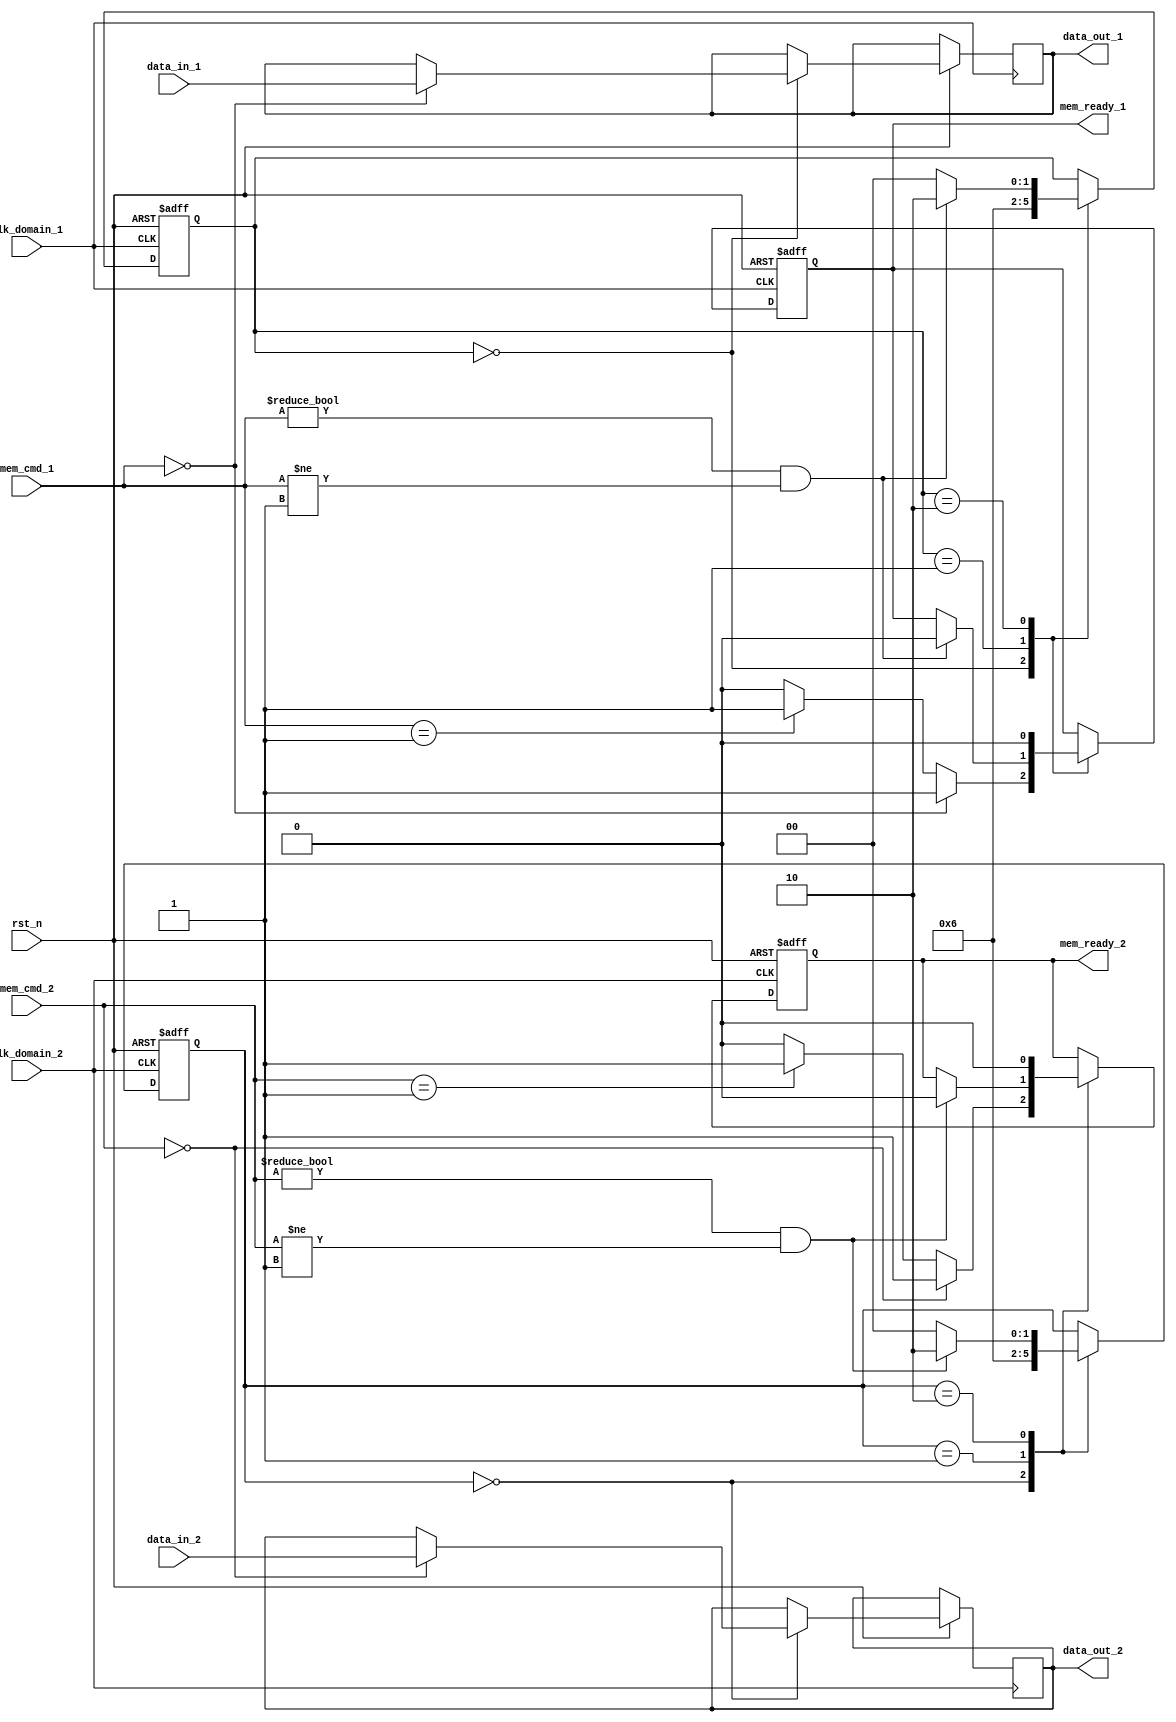
module memory_blocks_dc_gating (
    input wire clk_domain_1,          // Clock domain 1
    input wire clk_domain_2,          // Clock domain 2
    input wire rst_n,                  // Reset signal (active low)
    
    // Control signals for memory blocks
    input wire [1:0] mem_cmd_1,       // Command for memory block 1
    input wire [1:0] mem_cmd_2,       // Command for memory block 2
    output wire mem_ready_1,           // Ready signal from memory block 1
    output wire mem_ready_2,           // Ready signal from memory block 2

    // Memory data
    input wire [31:0] data_in_1,      // Data input for memory block 1
    output reg [31:0] data_out_1,     // Data output from memory block 1
    input wire [31:0] data_in_2,      // Data input for memory block 2
    output reg [31:0] data_out_2       // Data output from memory block 2
);

// State definition
localparam ACTIVE = 2'b00;
localparam IDLE = 2'b01;
localparam LOW_POWER = 2'b10;

// Memory block enable signals
reg mem_block_1_enable;
reg mem_block_2_enable;

// State machines for each clock domain
reg [1:0] state_domain_1;
reg [1:0] state_domain_2;

// Gating logic for enabling memory blocks based on state
always @(posedge clk_domain_1 or negedge rst_n) begin
    if (!rst_n) begin
        state_domain_1 <= IDLE;
        mem_block_1_enable <= 1'b0;
    end else begin
        case (state_domain_1)
            ACTIVE: begin
                if (mem_cmd_1 == 2'b00) begin // Assume 00 is a request to read
                    // Read operation here
                    data_out_1 <= data_in_1; // Example read
                    mem_block_1_enable <= 1'b1;
                end else if (mem_cmd_1 == 2'b01) begin // Write command
                    // Write operation here
                    mem_block_1_enable <= 1'b1;
                end else begin
                    mem_block_1_enable <= 1'b0; 
                end
                state_domain_1 <= IDLE; // Transition back to idle
            end
            
            IDLE: begin
                // Transition logic based on conditions
                if (mem_cmd_1 != 2'b00 && mem_cmd_1 != 2'b01) 
                    mem_block_1_enable <= 1'b0; // Disable memory block if no activity
                state_domain_1 <= LOW_POWER; // Go to low power state
            end

            LOW_POWER: begin
                mem_block_1_enable <= 1'b0; // Disable memory block
                if (mem_cmd_1 != 2'b00 && mem_cmd_1 != 2'b01)
                    state_domain_1 <= LOW_POWER; // Remain in low power
                else
                    state_domain_1 <= ACTIVE; // Go active if a command arrives
            end
        endcase
    end
end

always @(posedge clk_domain_2 or negedge rst_n) begin
    if (!rst_n) begin
        state_domain_2 <= IDLE;
        mem_block_2_enable <= 1'b0;
    end else begin
        case (state_domain_2)
            ACTIVE: begin
                if (mem_cmd_2 == 2'b00) begin // Read command
                    data_out_2 <= data_in_2; // Example read
                    mem_block_2_enable <= 1'b1;
                end else if (mem_cmd_2 == 2'b01) begin // Write command
                    mem_block_2_enable <= 1'b1; // Keep enabled for write
                end else begin
                    mem_block_2_enable <= 1'b0; // Disable memory block
                end
                state_domain_2 <= IDLE; // Transition back to idle
            end
            
            IDLE: begin
                if (mem_cmd_2 != 2'b00 && mem_cmd_2 != 2'b01)
                    mem_block_2_enable <= 1'b0; // Disable on idle
                state_domain_2 <= LOW_POWER; // Switch to low power state
            end

            LOW_POWER: begin
                mem_block_2_enable <= 1'b0; // Disable memory block
                if (mem_cmd_2 != 2'b00 && mem_cmd_2 != 2'b01)
                    state_domain_2 <= LOW_POWER; // Stay low power
                else
                    state_domain_2 <= ACTIVE; // Move to active if there is a command
            end
        endcase
    end
end

// Memory block 1 control logic
assign mem_ready_1 = mem_block_1_enable;

// Memory block 2 control logic
assign mem_ready_2 = mem_block_2_enable;

endmodule